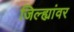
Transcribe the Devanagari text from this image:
जिल्ह्यांवर